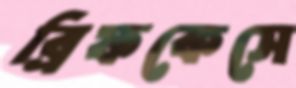
ব্রিফকেসে